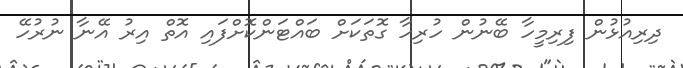
ދިރިއުޅުން ފިރިމީހާ ބޭނުން ހުރިހާ ގޮތަކަށް ބައްޓަންކޮށްފައި އޮތް އިރު އޭނާ ނުރުހޭ